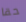
حقا